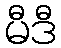
မီဒီ